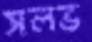
সলভ